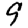
Digit: 9